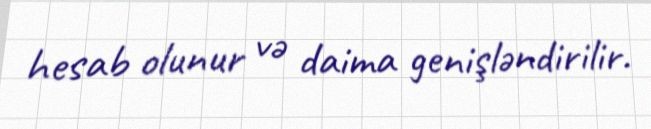
hesab olunur və daima genişləndirilir.